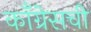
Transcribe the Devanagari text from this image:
कॉँग्रेसची